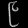
Digit: ၉